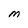
Character: M